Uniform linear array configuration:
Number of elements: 16
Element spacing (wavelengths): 1
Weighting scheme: uniform
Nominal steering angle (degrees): -60
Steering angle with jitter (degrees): -61.448
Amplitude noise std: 0.05
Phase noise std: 0.05

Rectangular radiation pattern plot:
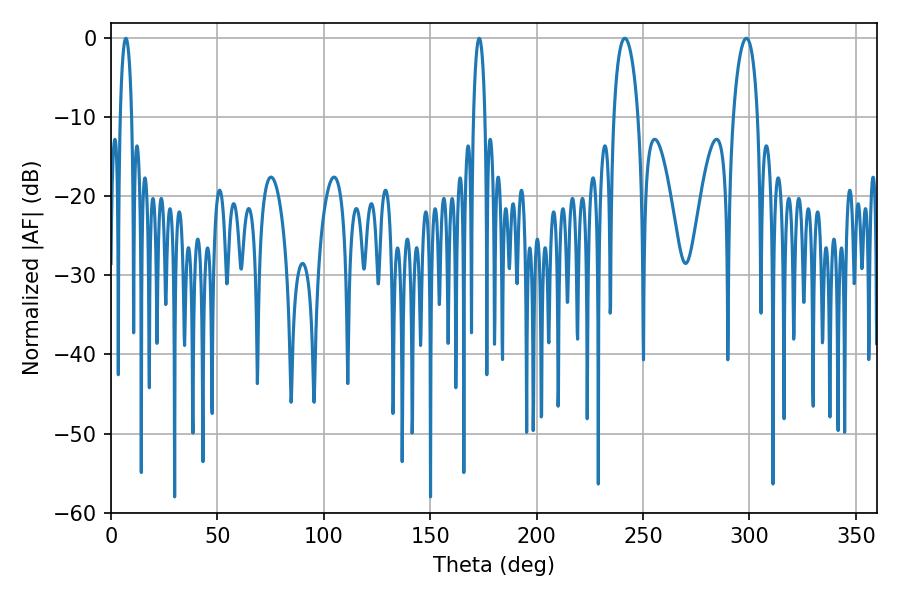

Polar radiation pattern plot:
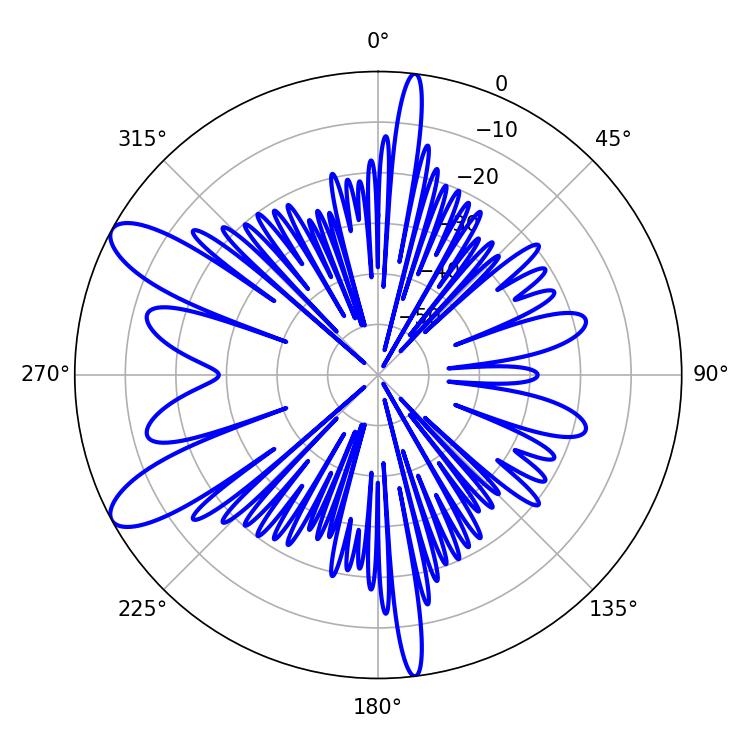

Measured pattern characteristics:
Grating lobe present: TRUE
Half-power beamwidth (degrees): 6.48
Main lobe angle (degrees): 241.38